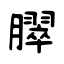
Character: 臎